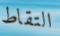
التقاط